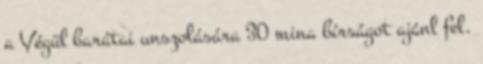
a Végül barátai unszolására 30 mina bírságot ajánl fel.